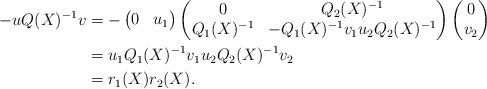
LaTeX: \begin{align*}-u Q(X)^{-1} v&= - \begin{pmatrix} 0 & u_1\end{pmatrix} \begin{pmatrix} 0 & Q_2(X)^{-1}\\ Q_1(X)^{-1} & - Q_1(X)^{-1} v_1u_2 Q_2(X)^{-1}\end{pmatrix} \begin{pmatrix} 0\\ v_2 \end{pmatrix}\\&= u_1 Q_1(X)^{-1} v_1 u_2 Q_2(X)^{-1} v_2\\&= r_1(X) r_2(X).\end{align*}